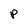
Character: P